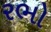
રભો